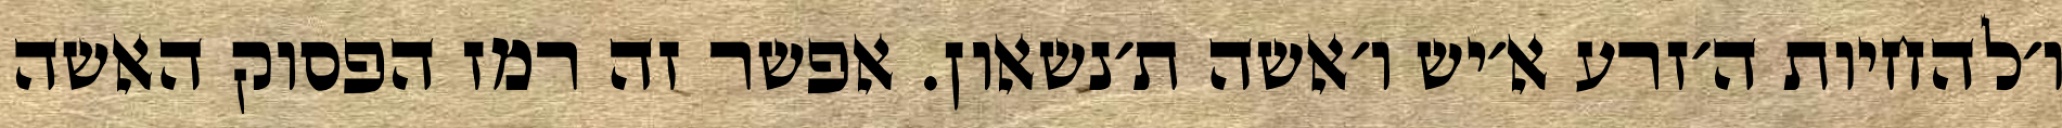
ו׳להחיות ה׳זרע א׳יש ו׳אשה ת׳נשאון. אפשר זה רמז הפסוק האשה